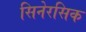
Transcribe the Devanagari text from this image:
सिनेरसिक